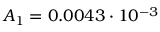
A _ { 1 } = 0 . 0 0 4 3 \cdot 1 0 ^ { - 3 }